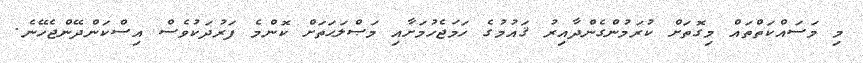
މި މަސައްކަތްތައް މިގޮތަށް ކުރަމުންގެންދާއިރު ޤައުމުގެ ހަމަޖެހުމަށާއި މަޞްލަޙަތަށް ކޮންމެ ފަރުދަކުވެސް އިސްކަންދޭންޖެހޭނެ.